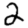
Digit: 2